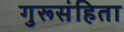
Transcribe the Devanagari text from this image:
गुरूसंहिता